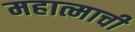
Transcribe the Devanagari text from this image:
महात्माची